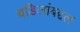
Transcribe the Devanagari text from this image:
वडिलांबद्दल